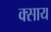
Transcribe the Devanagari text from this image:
क्साय